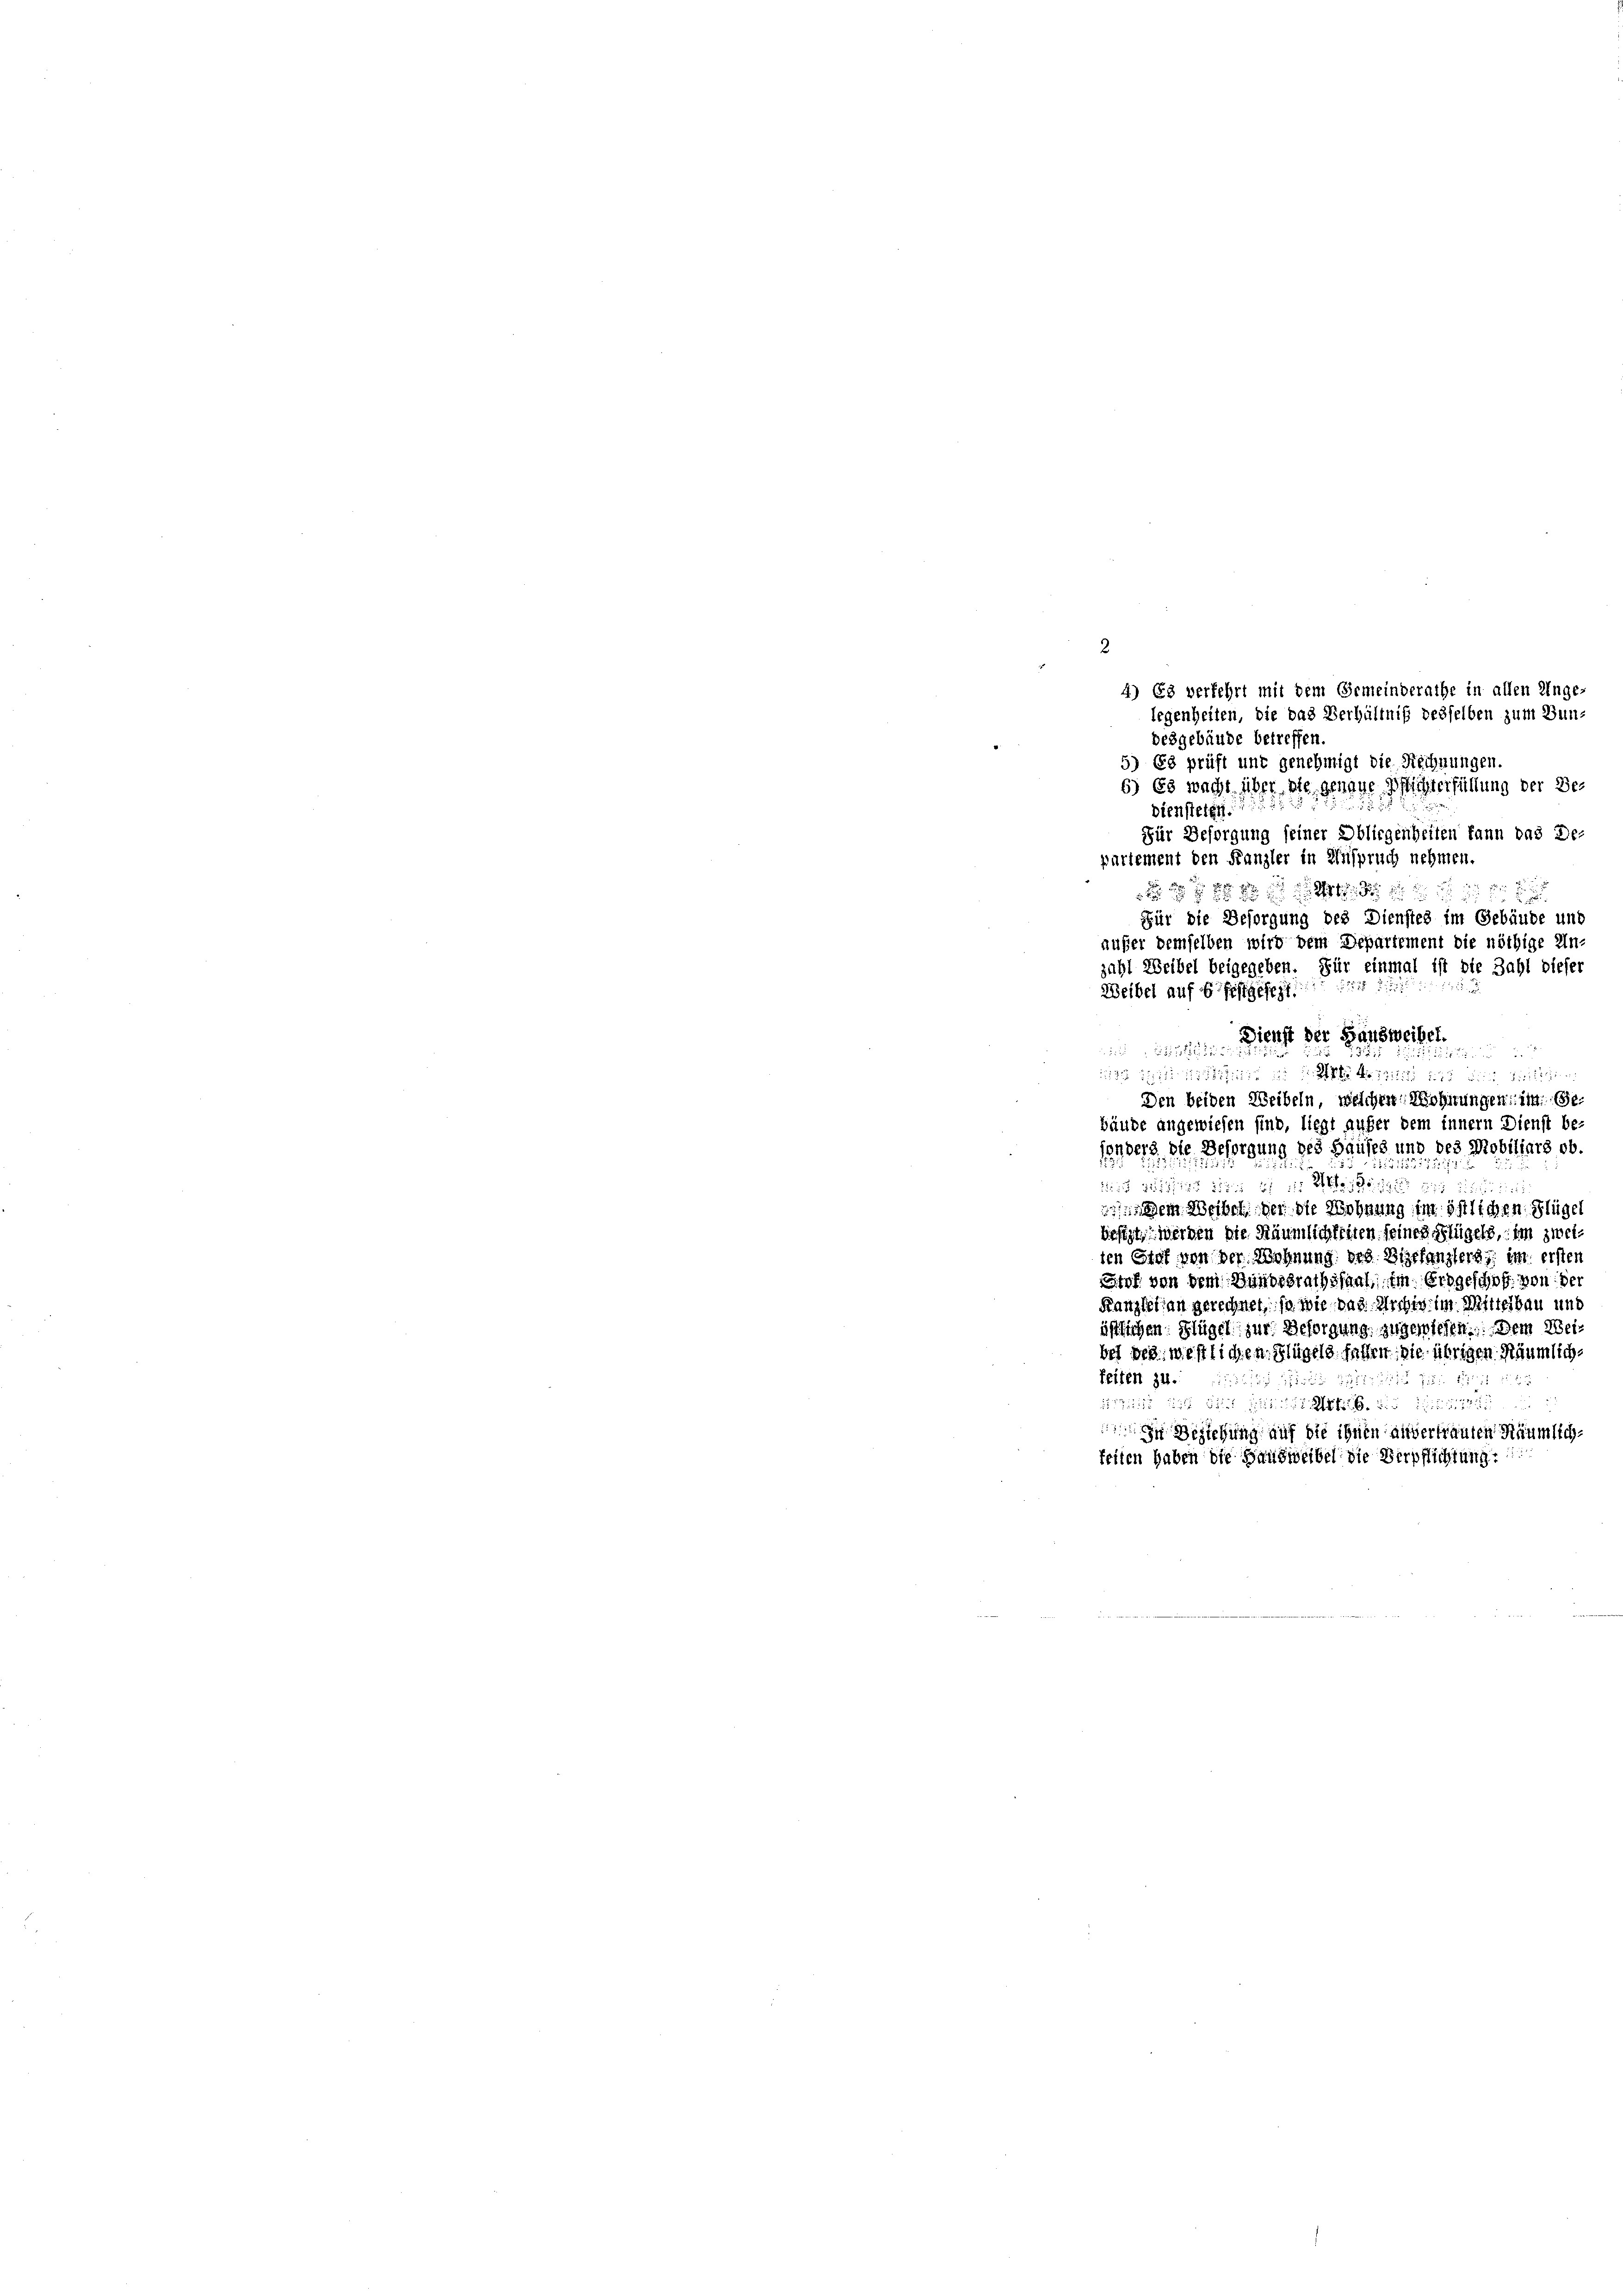
2

desgebäude betreffen.
5) Es prüft unt genehmigt die Rechnungen.
6) Es wicht über die genaue Pflichterfüllung der Des
Diensteign
Für Besorgung seiner Obliegenheiten kann das De-
partement den Kanzler in Einspruch nehmen.
Dienst der Hausweibel.

i durch den ist eine Militen
Den beiden Weibeln, welchen Wohnungen im Gebäude angewiesen sind, liegt aufer dem innern Dienst be-
senberg, die Besorgung des Hauses und des Mobiliars ob.
25
den sichtet die bei der Ueber Gegen die
 dem Weibel der die Wohnung im östlichen Flügel
besizt werden die Räumlichkeiten seines Flügels, im zwei-
ten Stat von der Wohnung des Zigefangerei im erster
tof von dem Handesrathssaal, im Erbgeschof von der
Kanzlei an gerechnet, so wie das Archig im Mittelbau und
ästlichen Flügel zur Besorgung zugewiesen. Dem Weibei der westlichen Flügels fehlen, die übrigen Räumlichfeiten zu.
255 f 24 xxxxxx
sricht das die für die Mehl, die Mit
n Beziehung auf die ihnen aisvertrauten Räumlichfeiten haben die Handweibel die Verpflichtung

außer demselben wird dem Departement die nöthige Un-
jahl Weibel beigegeben. Für einmal ist die Zahl dieser
255
Weibel auf 6 festgesezt:

4) Es verfehrt mit dem Gemeinderathe in allen Unge-
legenheiten, die das Verhältniß desselben zum Bun¬

Für die Besorgung des Dienstes im Gebäude und